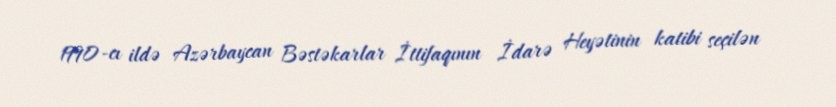
1990-cı ildə Azərbaycan Bəstəkarlar İttifaqının İdarə Heyətinin katibi seçilən